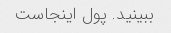
ببینید. پول اینجاست